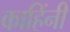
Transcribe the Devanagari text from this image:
काहिंनी